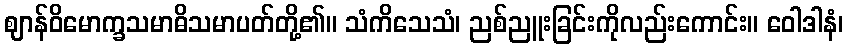
ဈာန်ဝိမောက္ခသမာဓိသမာပတ်တို့၏။ သံကိသေသံ၊ ညစ်ညူးခြင်းကိုလည်းကောင်း။ ဝေါဒါနံ၊